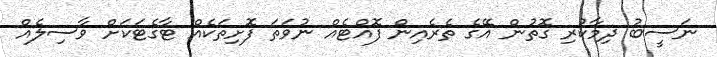
ނަސީބު ދިމާކުރި ގޮތުން އޭގެ ތެރެއިން ފޮއްޓެއް ނުވަތަ ފޮށިތަކެއް ޓާގެޓަކަށް ވާސިލެއް